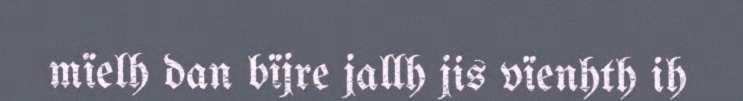
mïelh dan bïjre jallh jis vïenhth ih